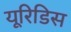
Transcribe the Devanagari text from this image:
यूरिडिस